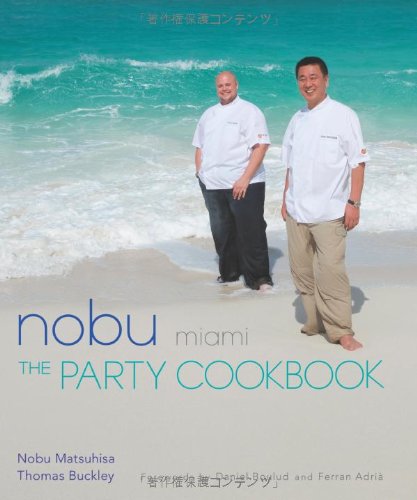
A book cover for Nobu Miami: The Party Cookbook; Nobu Matsuhisa; Cookbooks, Food & Wine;